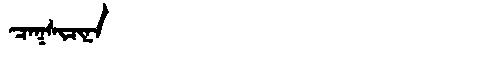
Manchu: ᠴᠠᡴᠰᡳᠴᡳᠨᠠ
Romanization: CAKSICINA